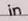
in